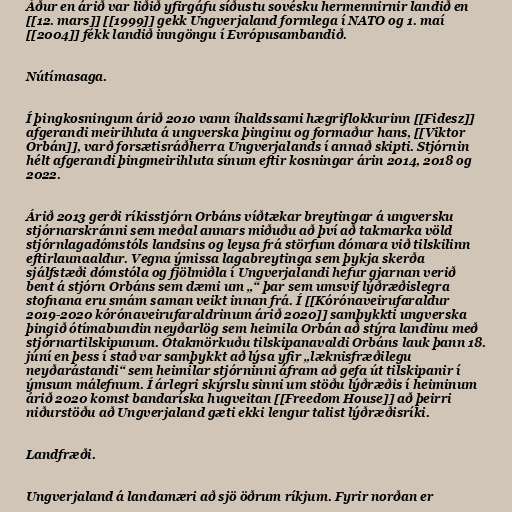
Áður en árið var liðið yfirgáfu síðustu sovésku hermennirnir landið en
[[12. mars]] [[1999]] gekk Ungverjaland formlega í NATO og 1. maí
[[2004]] fékk landið inngöngu í Evrópusambandið.

Nútímasaga.

Í þingkosningum árið 2010 vann íhaldssami hægriflokkurinn [[Fidesz]]
afgerandi meirihluta á ungverska þinginu og formaður hans, [[Viktor
Orbán]], varð forsætisráðherra Ungverjalands í annað skipti. Stjórnin
hélt afgerandi þingmeirihluta sínum eftir kosningar árin 2014, 2018 og
2022.

Árið 2013 gerði ríkisstjórn Orbáns víðtækar breytingar á ungversku
stjórnarskránni sem meðal annars miðuðu að því að takmarka völd
stjórnlagadómstóls landsins og leysa frá störfum dómara við tilskilinn
eftirlaunaaldur. Vegna ýmissa lagabreytinga sem þykja skerða
sjálfstæði dómstóla og fjölmiðla í Ungverjalandi hefur gjarnan verið
bent á stjórn Orbáns sem dæmi um „“ þar sem umsvif lýðræðislegra
stofnana eru smám saman veikt innan frá. Í [[Kórónaveirufaraldur
2019-2020 kórónaveirufaraldrinum árið 2020]] samþykkti ungverska
þingið ótímabundin neyðarlög sem heimila Orbán að stýra landinu með
stjórnartilskipunum. Ótakmörkuðu tilskipanavaldi Orbáns lauk þann 18.
júní en þess í stað var samþykkt að lýsa yfir „læknisfræðilegu
neyðarástandi“ sem heimilar stjórninni áfram að gefa út tilskipanir í
ýmsum málefnum. Í árlegri skýrslu sinni um stöðu lýðræðis í heiminum
árið 2020 komst bandaríska hugveitan [[Freedom House]] að þeirri
niðurstöðu að Ungverjaland gæti ekki lengur talist lýðræðisríki.

Landfræði.

Ungverjaland á landamæri að sjö öðrum ríkjum. Fyrir norðan er